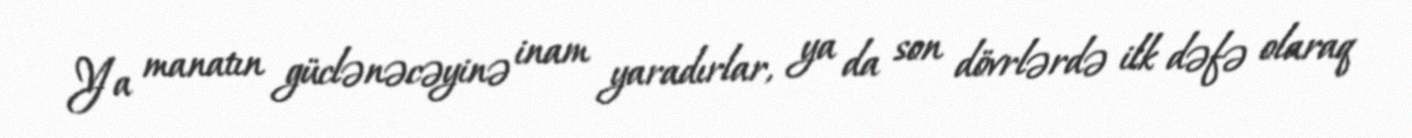
Ya manatın güclənəcəyinə inam yaradırlar, ya da son dövrlərdə ilk dəfə olaraq